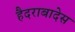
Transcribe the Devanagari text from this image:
हैदराबादेस